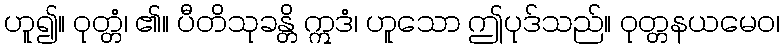
ဟူ၍။ ဝုတ္တံ၊ ၏။ ပီတိသုခန္တိ ဣဒံ၊ ဟူသော ဤပုဒ်သည်။ ဝုတ္တနယမေဝ၊